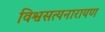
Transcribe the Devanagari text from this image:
विश्वसत्यनारायण